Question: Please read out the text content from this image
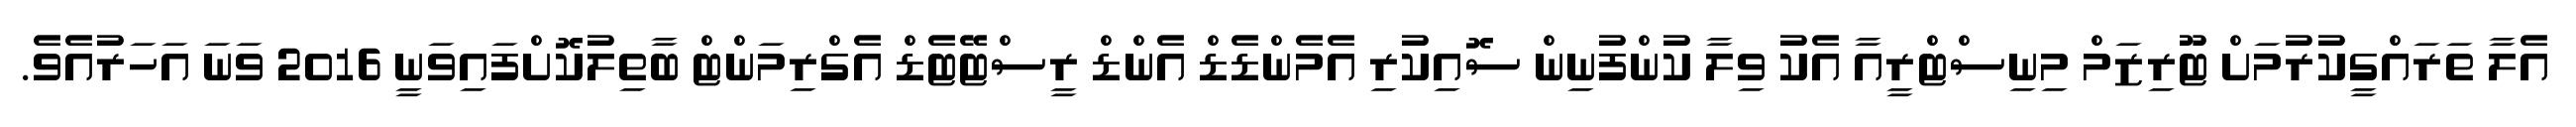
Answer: އެލާ ތަރައްގީކުރުމަށް ޓޫރިޒަމް މިނިސްޓްރީއާ އެކު ވިލާ ކުންފުނިން ސޮއިކުރި އެމެންޑެޑް އެންޑް ރީސްޓޭޓެޑް އެގްރިމަންޓް ބާތިލުކޮށްފައިވަނީ 2016 ވަނަ އަހަރުއެވެ.